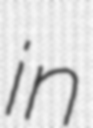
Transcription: in